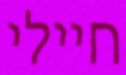
חיילי